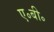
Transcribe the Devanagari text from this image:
ए॰बी॰